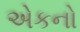
એકનો